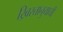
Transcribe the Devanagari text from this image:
ख्रिस्तानुयायी